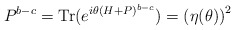
\begin{align*}P^{b-c}=\mathrm{Tr}(e^{i\theta (H+P)^{b-c}})=\left( \eta (\theta )\right)^{2}\end{align*}